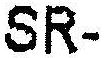
SR-